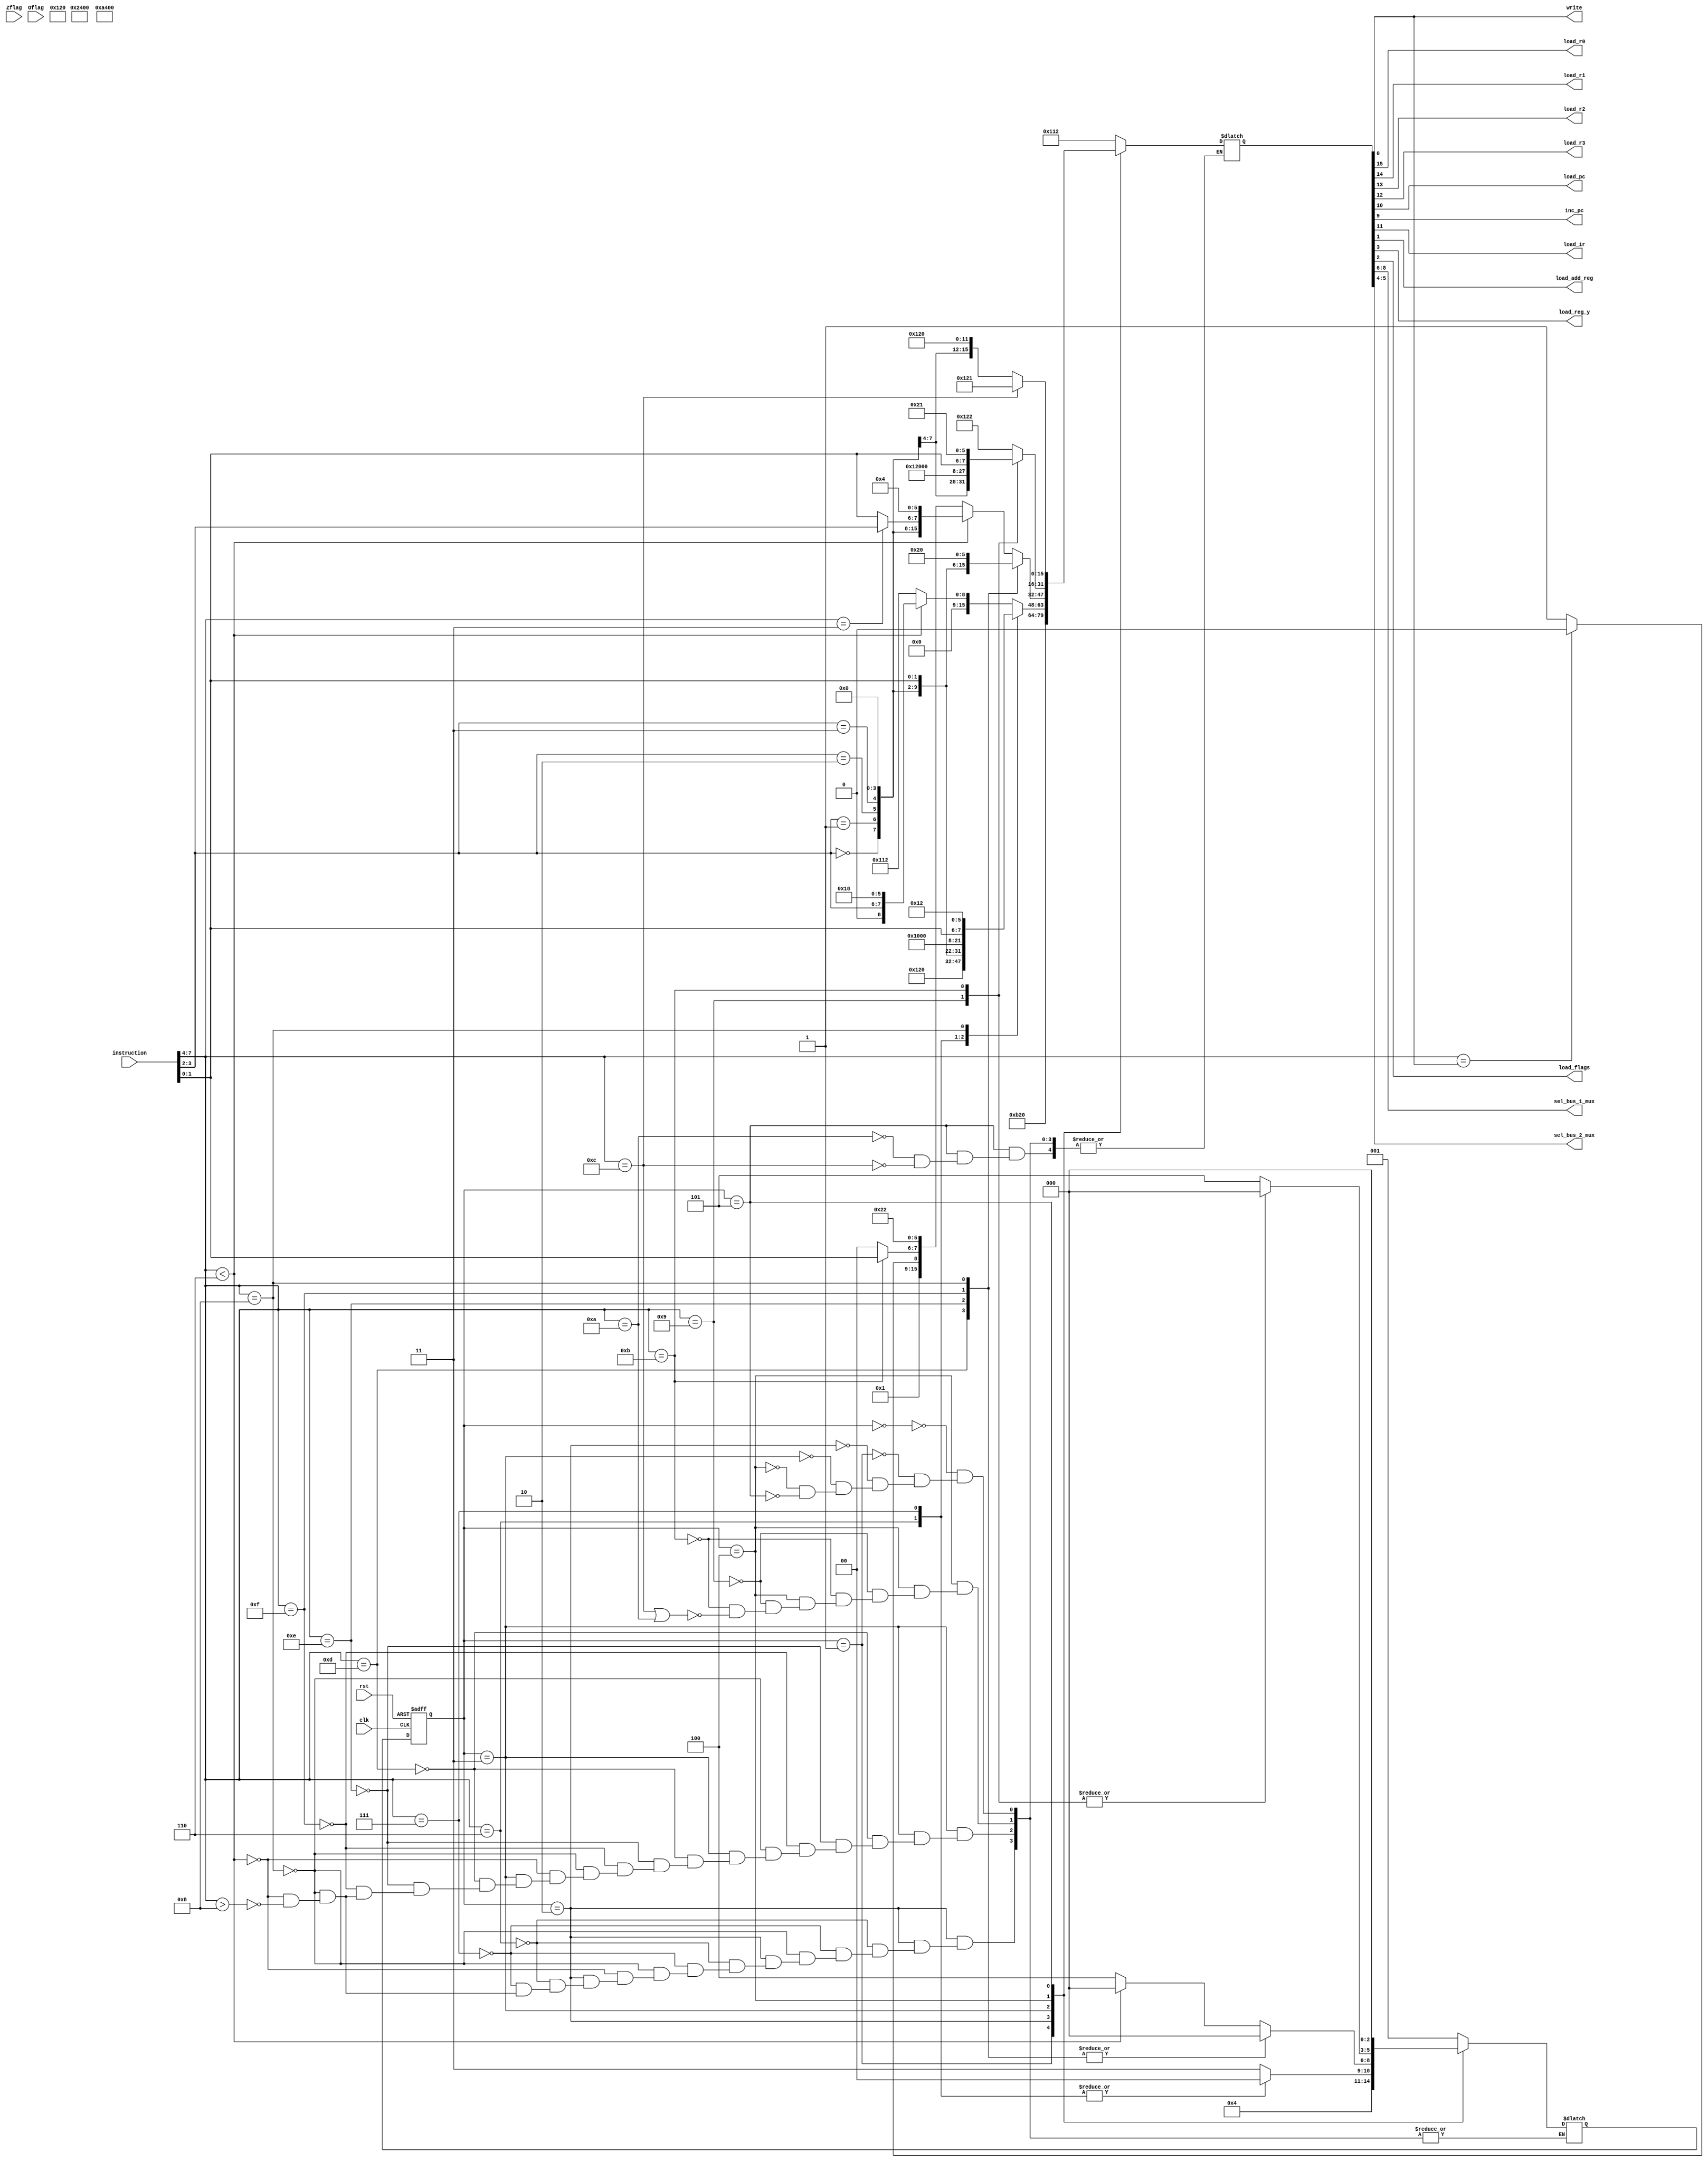
module ControlUnit(
  input [7:0] instruction,
  input Zflag,Oflag,clk,rst,
  output reg load_r0,load_r1,load_r2,load_r3,load_pc,inc_pc,load_ir,load_add_reg,load_reg_y,load_flags,write,
  output reg [2:0]sel_bus_1_mux,
  output reg [1:0]sel_bus_2_mux);
  //registers
  reg [2:0]p_state,n_state;
  reg [15:0]temp_signals;
  //wires
  wire [3:0]opcode;
  wire [1:0]source,destin;
  //Instruction(disection)
  assign opcode=instruction[7:4];
  assign destin=instruction[3:2];
  assign source=instruction[1:0];
  //States
  parameter fetch1=3'd0,fetch2=3'd1,decode=3'd2,execute1=3'd3,execute2=3'd4,executei=3'd5;
  //Opcodes
  parameter ADD=4'd0,SUB=4'd1,AND=4'd2,NOT=4'd3,MUL=4'd4,OR=4'd5,NOP=4'd6,REGD=4'd7,REGI=4'd8,READ=4'd9,READI=4'd10,WRITE=4'd11,WRITEI=4'd12,JMP=4'd13,JIZ=4'd14,JIO=4'd15;
  //Source/destin Registers
  parameter R0=2'd0,R1=2'd1,R2=2'd2,R3=2'd3;
  always@(*)
  begin
    case(p_state)
      fetch1:
      begin
        temp_signals=16'b0000000100010010;
        n_state=fetch2;
      end
      fetch2:
      begin
        temp_signals=16'b0000101100100000;
        n_state=decode;
      end
      decode:
      begin
        case(opcode)
          NOP:
          begin
            temp_signals=16'b0000000100100000;
            n_state=fetch1;
          end
          REGD:
          begin
            temp_signals={(destin==R0),(destin==R1),(destin==R2),(destin==R3),4'b0000,source,6'b010000};
            n_state=fetch1;
          end
          REGI:
          begin
            temp_signals={8'b00000000,source,6'b010010};
            n_state=execute1;
          end
          default:
          begin
            if(opcode<NOP)
              begin
                temp_signals={8'b00000000,destin,6'b011000};
                n_state=execute1;
              end
            else if (opcode>REGI)
              begin
                temp_signals=16'b0000000100010010;
                n_state=execute1;
              end
          end
        endcase
      end 
      execute1:
      begin
        case(opcode)
          JMP:
          begin
            temp_signals=16'b0000010100100000;
            n_state=fetch1;
          end
          JIZ:
          begin
            temp_signals={5'b00000,(Zflag==1),4'b0100,2'b10,4'b0000};
            n_state=fetch1;
          end
          JIO:
          begin
            temp_signals={5'b00000,(Oflag==1),4'b0100,2'b10,4'b0000};
            n_state=fetch1;
          end
          REGI:
          begin
            temp_signals={(destin==R0),(destin==R1),(destin==R2),(destin==R3),4'b0000,source,6'b100000};
            n_state=fetch1;
          end
          default:
          begin
            if(opcode<NOP)
              begin
                temp_signals={(destin==R0),(destin==R1),(destin==R2),(destin==R3),4'b0000,((opcode==NOT)?destin:source),6'b000100};
                n_state=fetch1;
              end
            else if(opcode>REGI)
              begin
                 temp_signals={7'b0000001,((opcode==write)?1'b0:1'b1),((opcode==WRITE)?source:2'b00),6'b100010};
                 n_state=execute2;
              end
          end
        endcase
      end
      execute2:
      begin
        case(opcode)
          READ:
          begin
            temp_signals={(destin==R0),(destin==R1),(destin==R2),(destin==R3),12'b000100100000};
            n_state=fetch1;
          end
          WRITE:
          begin
            temp_signals={8'b00000000,source,6'b100001};
            n_state=fetch1;
          end
          default:
          begin
            if(opcode==WRITEI || opcode==READI)
              begin
                temp_signals=16'b0000000100100010;
                n_state=executei;
              end  
          end                    
        endcase
      end
      executei:
      begin
        case(opcode)
          READI:temp_signals={(destin==R0),(destin==R1),(destin==R2),(destin==R3),12'b000100100000};
          WRITEI:temp_signals=16'b0000000100100001;
        endcase
        n_state=fetch1;
      end
      
    endcase
  end
  //Signals
  always@(temp_signals)
  begin
    load_r0=temp_signals[15];
    load_r1=temp_signals[14];
    load_r2=temp_signals[13];
    load_r3=temp_signals[12];
    load_ir=temp_signals[11];
    load_pc=temp_signals[10];
    inc_pc=temp_signals[9];
    sel_bus_1_mux=temp_signals[8:6];
    sel_bus_2_mux=temp_signals[5:4];
    load_reg_y=temp_signals[3];
    load_flags=temp_signals[2];
    load_add_reg=temp_signals[1];
    write=temp_signals[0];
  end
  //T State
  always@(posedge clk or negedge rst)
  begin
    if(!rst)
      p_state<=fetch1;
    else
      p_state<=n_state;
  end
endmodule